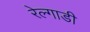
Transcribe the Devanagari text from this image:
रेल्गाडी